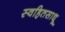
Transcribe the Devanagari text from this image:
स्वहितसाधू